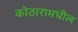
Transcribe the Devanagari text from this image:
कोठारामधील